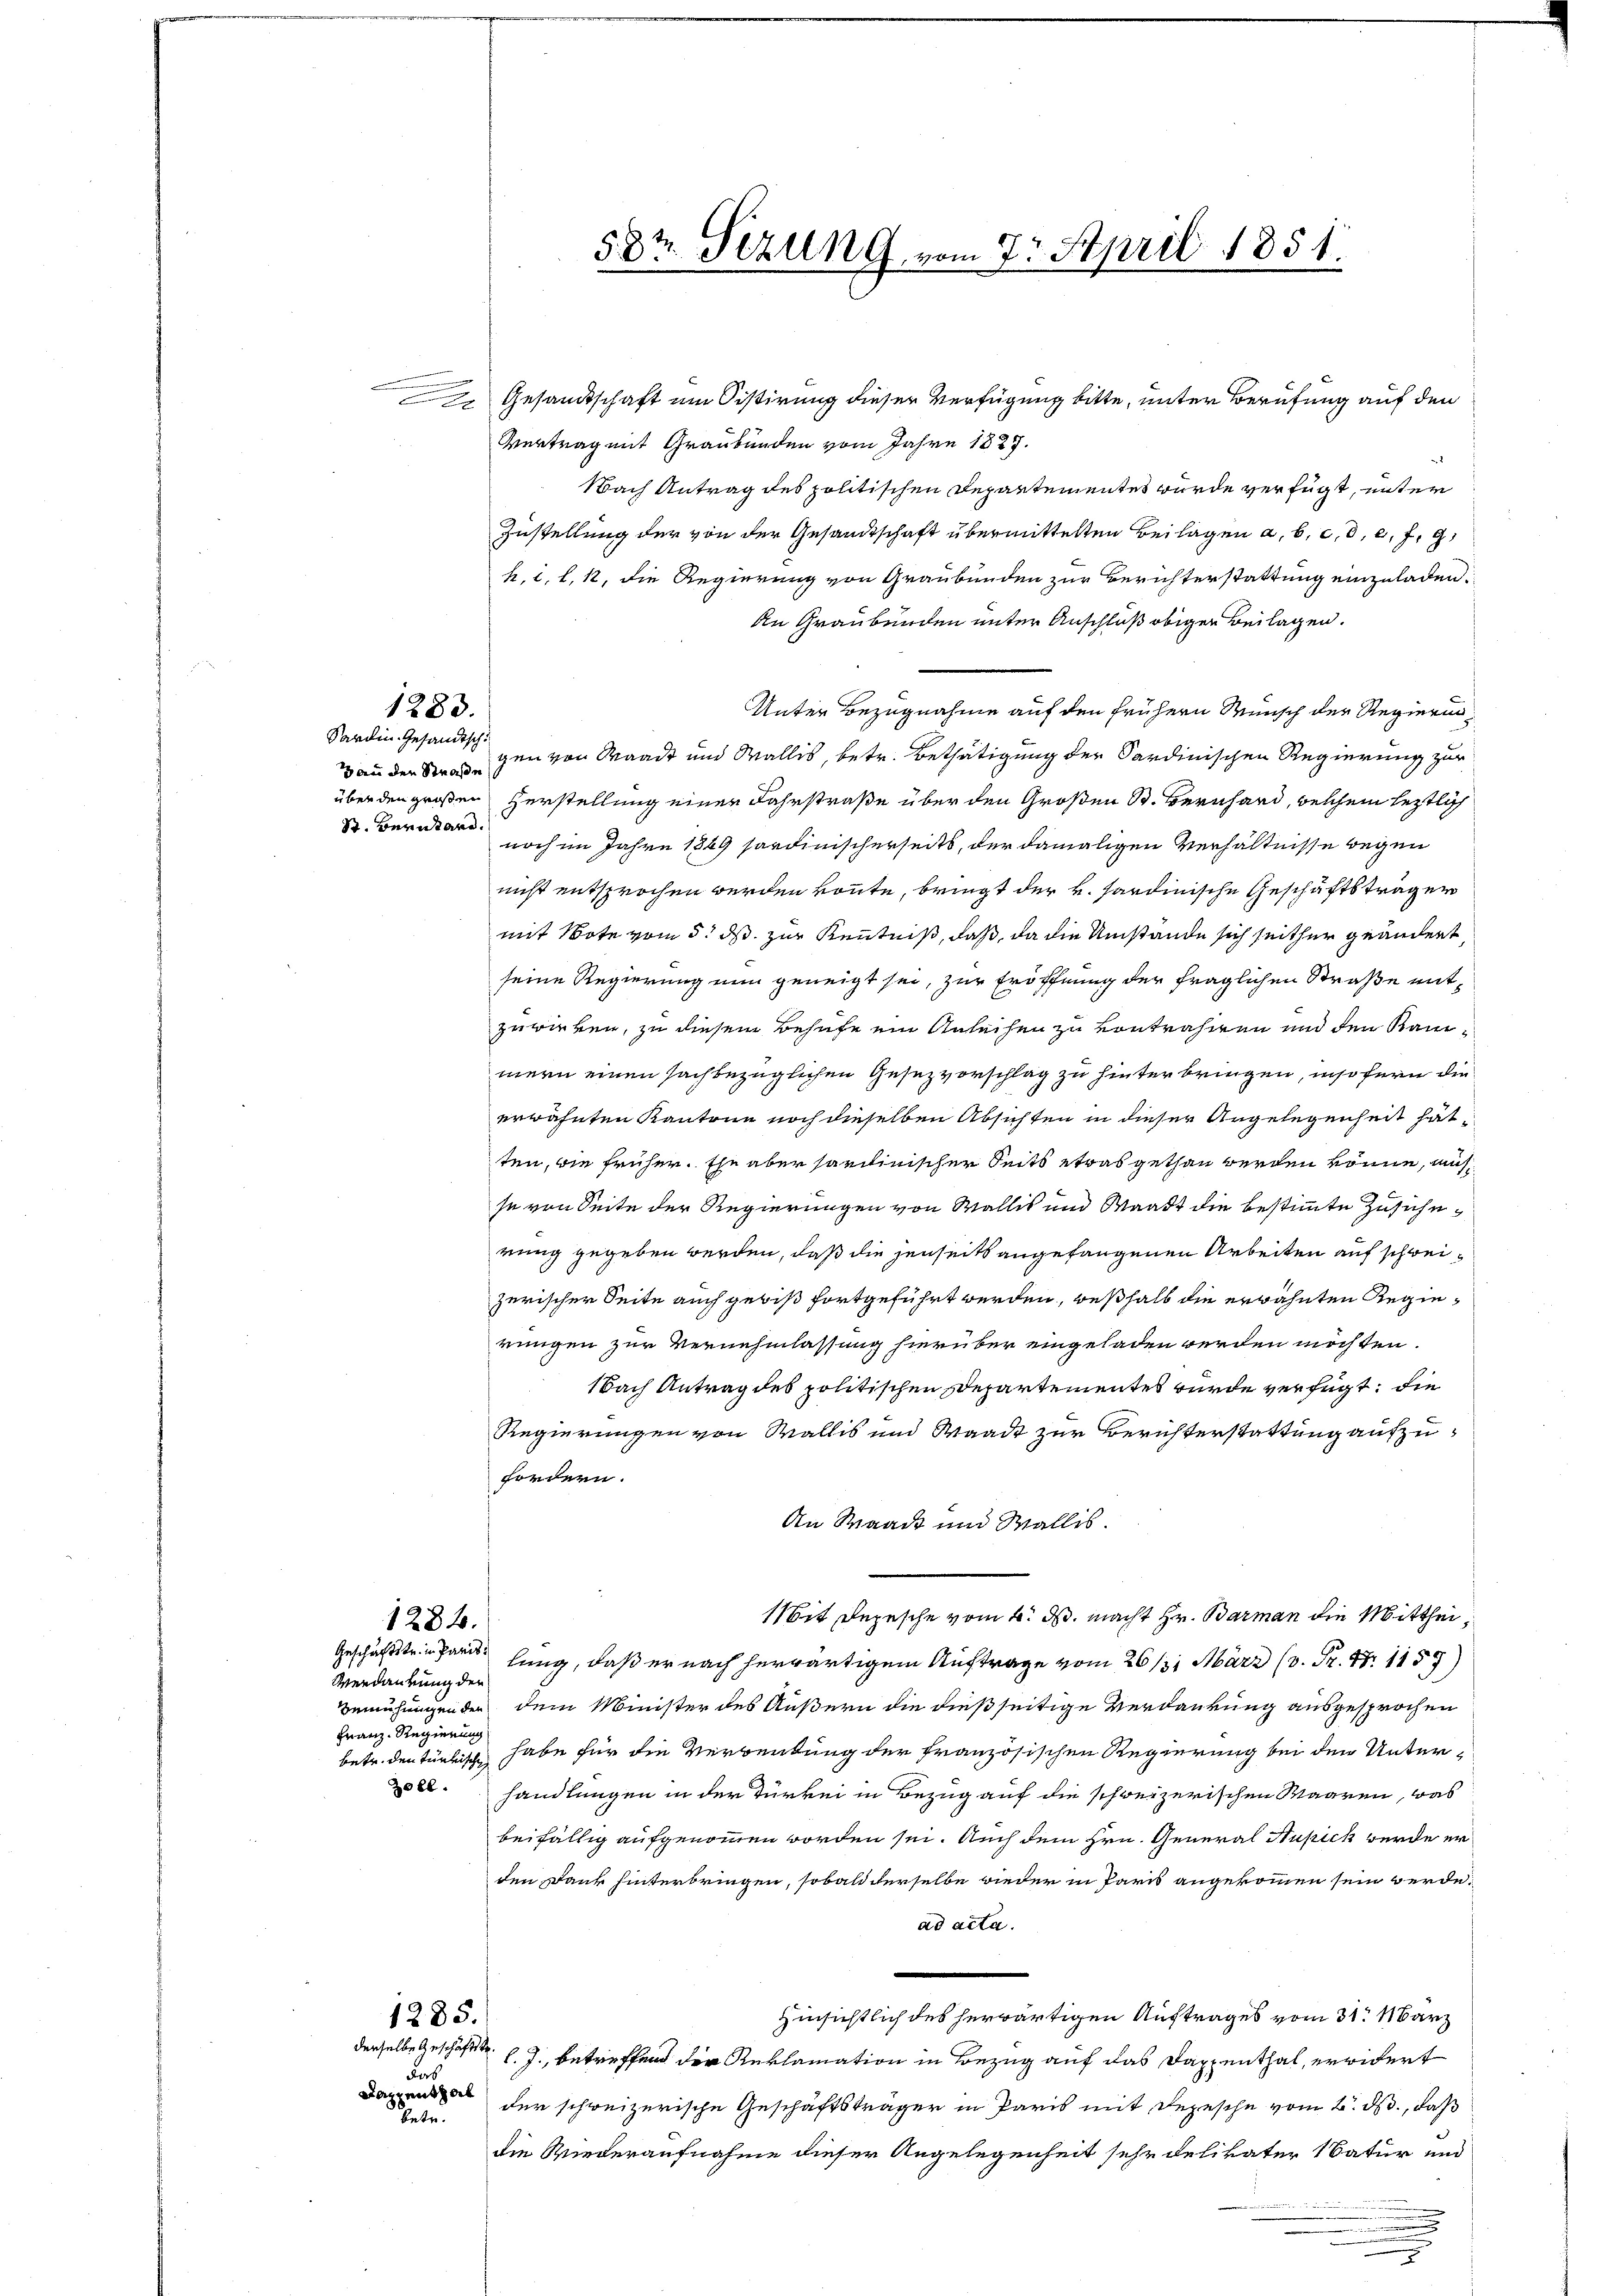
1283.

Sardin Gesandtsch
S. Bernhard.

Nach Antrag des politischen Departementes wurde verfügt, unter
Zustellung der von der Gesandtschaft übermittelten Beilagen a. b. c. d. 6. f. 9,
h. i. l. 12, die Regierung von Graubünden zur Berichterstattung einzuladen.
An Graubünden unter Anschluß obigen Beilagen.
Unter Bezugnahme auf den frühern Wunsch der Regierunvan den Strangen von Waadt und Wallis, betr. Bethätigung der Sardinischen Regierung zur
über den großen Herstellung einer Fahrstraße über den Großen St. Bernhard, welchem leztlich
noch im Jahre 1849 sardinischerseits, der damaligen Verhältnisse wegen
nicht entsprochen werden könnte, bringt der v. Sardinische Geschäftsträger
mit Note vom 5. ds zur Kenntniß, daß, da die Umstände sich seither geändert
seine Regierung nun geneigt sei, zur Eröffnung der fraglichen Straße entzuwirken, zu diesem Behufe ein Anleihen zu vontrahiren und den Kaurmern einen sachbezüglichen Gesezvorschlag zu hinterbringen, insofern die
erwähnten Kantone noch dieselben Absichten in dieser Angelegenheit hät
ten, wie früher. Ehe aber sarchinischer Seits etwas gethan werden könne, mach
se von Seite der Regierungen von Wallis und Waadt die bestimmte Zusicherung gegeben werden, daß die jenseits angefangenen Arbeiten auf schweizerischer Seite auch gewiß fortgeführt werden, weßhalb die erwähnten Regierungen zur Vernehmlassung hierüber eingeladen werden möchten.
Nach Antrag des politischen Departementes wurde verfügt: die
Regierungen von Wallis und Waadt zur Berichterstattung aufzufordern.
An Waadt und Wallis
Mit Depesche vom 6. ds. macht Hr. Barman die Mitthei¬
1284.
Geschäftstri par lung, daß er nach herwärtigem Auftrage vom 26/31 März (v. Fr. 47. 1157
Verdaurung der
Bemühungen der dem Minister des Äußern die dießseitige Verdankung ausgesprochen
Franz Regierung
betr. den türkischen habe für die Verwendung der französischen Regierung bei den Unter¬
2022. handlungen in der Türkei in Bezug auf die schweizerischen Waaren, was
beifällig aufgenommen worden sei. Auch dem Hrn. General Supick werde er
den Dank hinterbringen, sobald derselbe wieder in Paris angekommen sein werde.
ad acta.
Hinsichtlich des herwärtigen Auftrages vom 31. März
1285.
derselbe Geschäftst l. J., betreffend der Reklamation in Bezug auf das Dappenthal, erwidert
Fab
Da der schweizerische Geschäftsträger in Paris mit Depesche vom 2. ds., daß
betr.
die Wiederaufnahme dieser Angelegenheit sehr delivater Natur und
.

.
Gesandtschaft um Distirung dieser Verfügung bitte, unter Berufung auf den
Vertrag mit Graubünden vom Jahre 1827.

58t Sizung vom 7. April 1851.